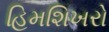
હિમશિખરો